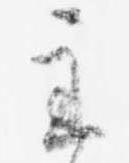
主